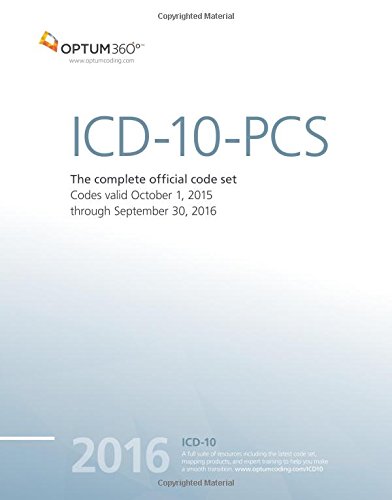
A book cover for ICD-10-PCS Expert 2016; Optum360; Medical Books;